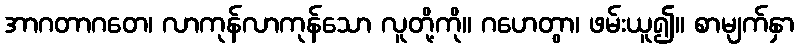
အာဂတာဂတေ၊ လာကုန်လာကုန်သော လူတို့ကို။ ဂဟေတွာ၊ ဖမ်းယူ၍။ စာမျက်နှာ